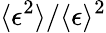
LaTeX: \langle\epsilon^{2}\rangle/\langle\epsilon\rangle^{2}